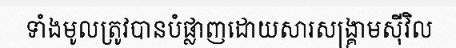
ទាំងមូលត្រូវបានបំផ្លាញដោយសារសង្គ្រាមស៊ីវិល